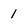
Character: 1